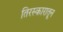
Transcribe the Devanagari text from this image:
तिरस्कारातून